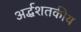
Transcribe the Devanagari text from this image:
अर्द्धशतकीय